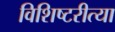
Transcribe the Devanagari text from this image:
विशिष्टरीत्या